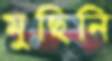
মুছিনি